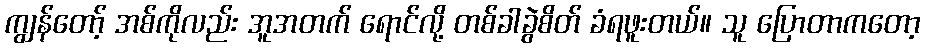
ကျွန်တော့် အစ်ကိုလည်း အူအတက် ရောင်လို့ တစ်ခါခွဲစိတ် ခံရဖူးတယ်။ သူ ပြောတာကတော့